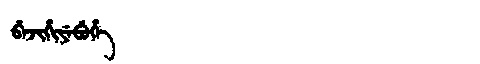
Manchu: ᠪᡝᠵᡳᡥᡳᠶᡝᠪᡠᡥᡝ
Romanization: BEJIHIYEBUHE